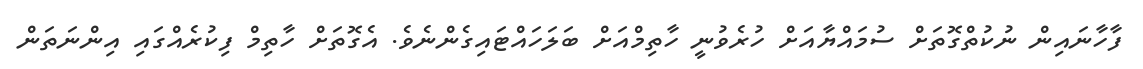
ފާހާނައިން ނުކުތްގޮތަށް ސުމައްޔާއަށް ހުރެވުނީ ހާތިމްއަށް ބަލަހައްޓައިގެންނެވެ. އެގޮތަށް ހާތިމް ފިކުރެއްގައި އިންނަތަން